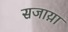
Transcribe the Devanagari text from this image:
सजाय़ा